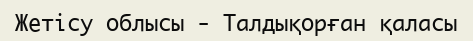
Жетісу облысы - Талдықорған қаласы